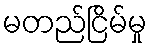
မတည်ငြိမ်မှု